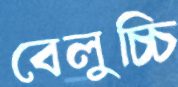
বেলুচ্চি